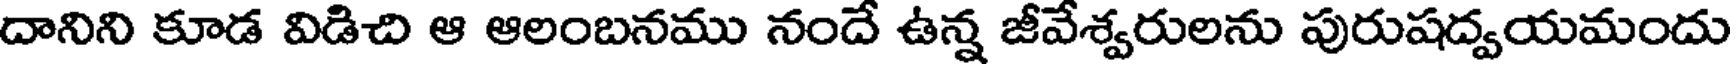
దానిని కూడ విడిచి ఆ ఆలంబనము నందే ఉన్న జీవేశ్వరులను పురుషద్వయమందు